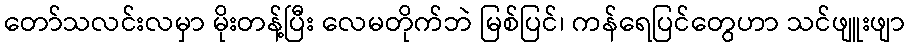
တော်သလင်းလမှာ မိုးတန့်ပြီး လေမတိုက်ဘဲ မြစ်ပြင်၊ ကန်ရေပြင်တွေဟာ သင်ဖျူးဖျာ